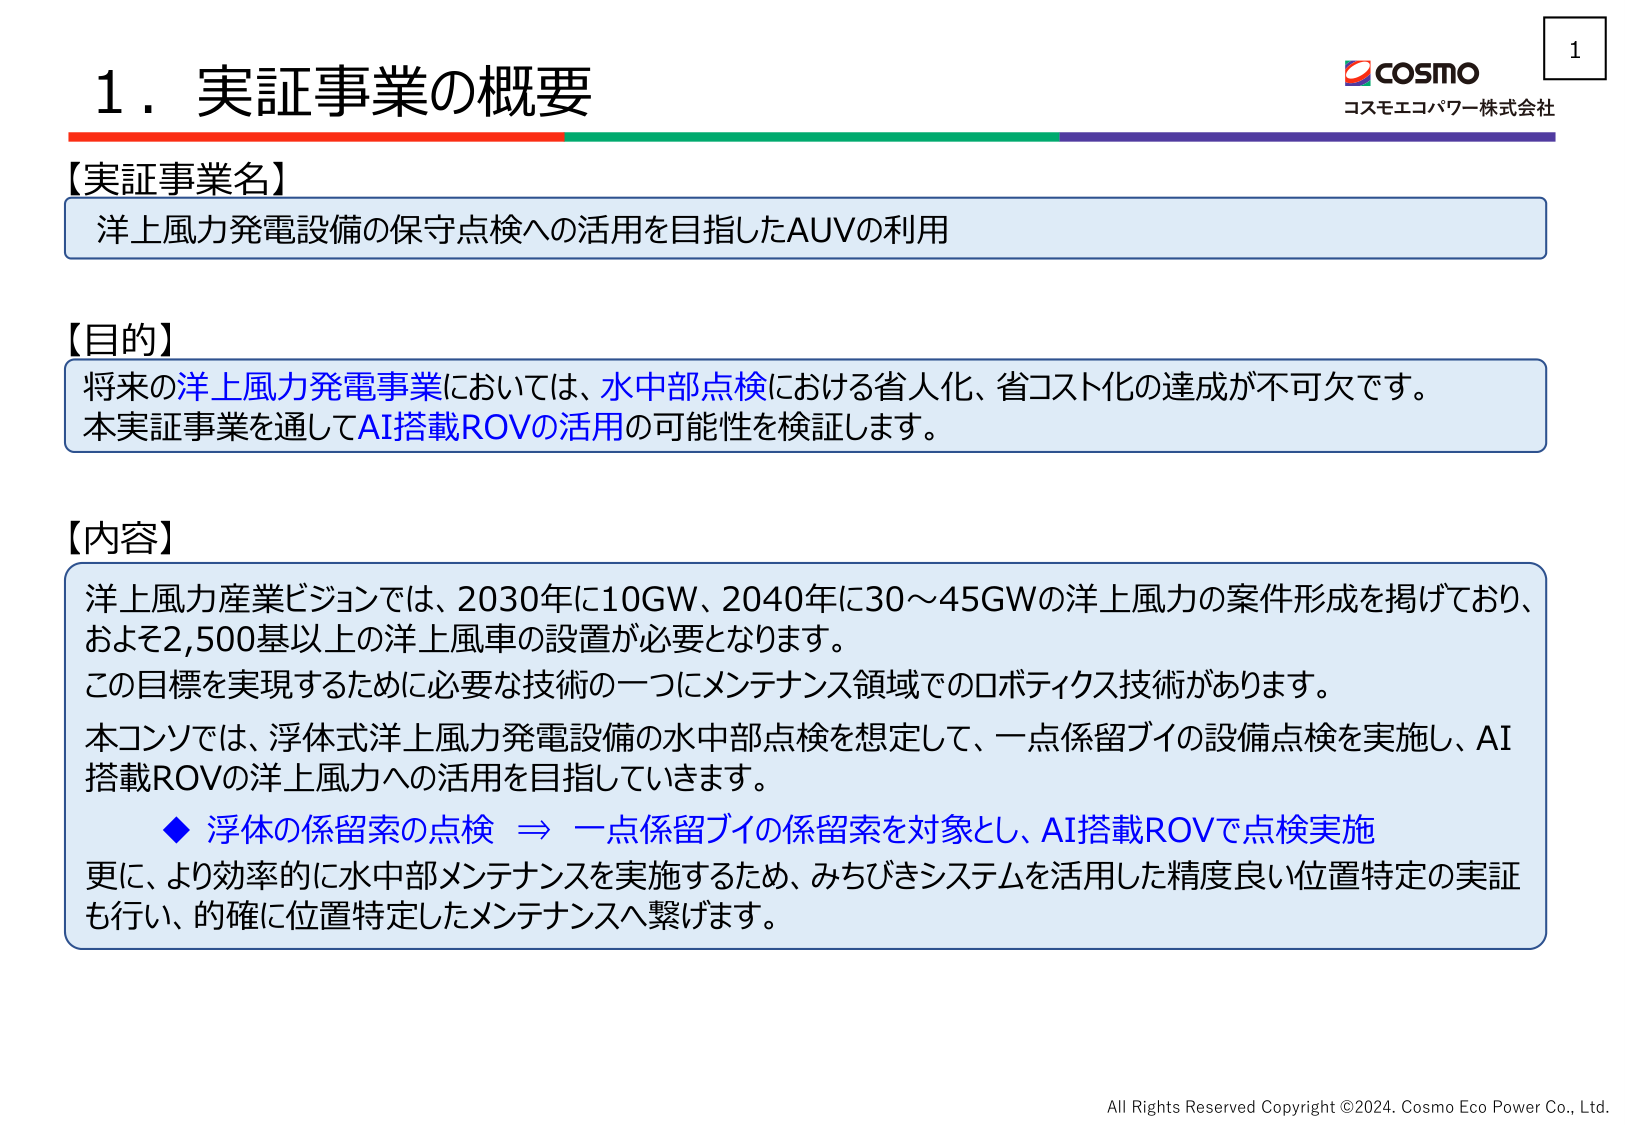
1. 実証事業の概要

【実証事業名】
洋上風力発電設備の保守点検への活用を目指したAUVの利用

【目的】
将来の洋上風力発電事業においては、水中部点検における省人化、省コスト化の達成が不可欠です。
本実証事業を通してAI搭載ROVの活用の可能性を検証します。

【内容】
洋上風力産業ビジョンでは、2030年に10GW、2040年に30～45GWの洋上風力の案件形成を掲げており、
およそ2,500基以上の洋上風車の設置が必要となります。
この目標を実現するために必要な技術の一つにメンテナンス領域でのロボティクス技術があります。
本コンソでは、浮体式洋上風力発電設備の水中部点検を想定して、一点係留ブイの設備点検を実施し、AI
搭載ROVの洋上風力への活用を目指していきます。
◆ 浮体の係留索の点検 ⇒ 一点係留ブイの係留索を対象とし、AI搭載ROVで点検実施
更に、より効率的に水中部メンテナンスを実施するため、みちびきシステムを活用した精度良い位置特定の実証
も行い、的確に位置特定したメンテナンスへ繋げます。

COSMO
コスモエコパワー株式会社

All Rights Reserved Copyright ©2024. Cosmo Eco Power Co., Ltd.